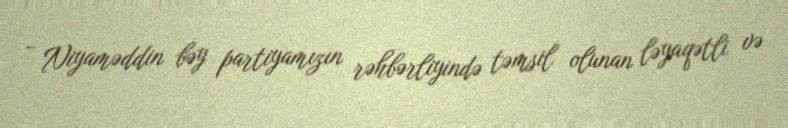
- Niyaməddin bəy partiyamızın rəhbərliyində təmsil olunan ləyaqətli və